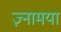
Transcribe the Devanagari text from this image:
ज़्नामया